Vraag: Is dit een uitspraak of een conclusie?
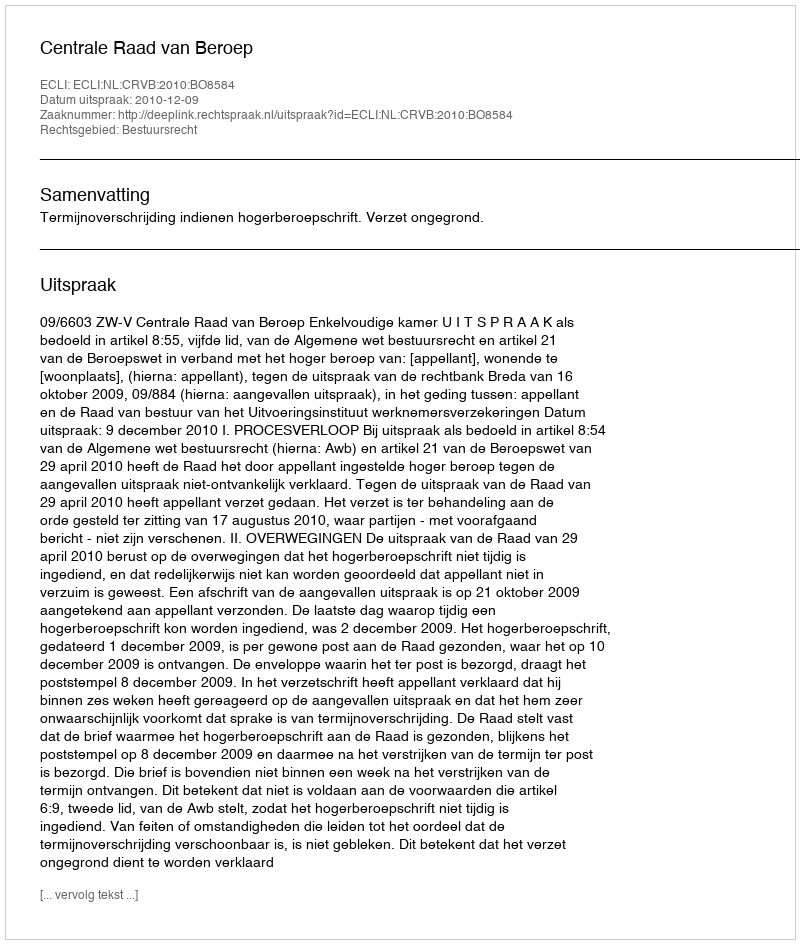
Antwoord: Uitspraak